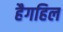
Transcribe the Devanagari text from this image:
हैगहिल